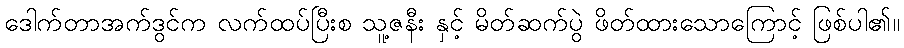
ဒေါက်တာအက်ဒွင်က လက်ထပ်ပြီးစ သူ့ဇနီး နှင့် မိတ်ဆက်ပွဲ ဖိတ်ထားသောကြောင့် ဖြစ်ပါ၏။